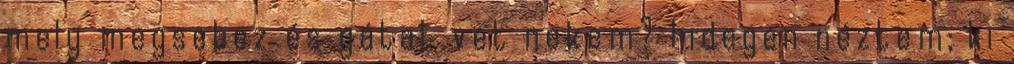
mely megsebez és gátat vet nekem? hidegen néztem; ki